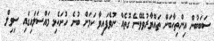
ސަބަބުން އިންތިހާބަށް ތައްޔާރުވެވޭނެ ގޮތެއް ނުވެފައިވާ ކަމަށް ބުނެ ހުށަހެޅި މައްސަލައިގައި ސިވިލް